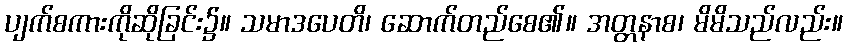
ပျက်စကားကိုဆိုခြင်း၌။ သမာဒပေတိ၊ ဆောက်တည်စေ၏။ အတ္တနာစ၊ မိမိသည်လည်း။